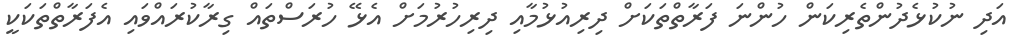
އަދި ނުކުޅެދުންތެރިކަން ހުންނަ ފަރާތްތަކަށް ދިރިއުޅުމާއި ދިރިހުރުމަށް އެޅޭ ހުރަސްތައް ގިރާކުރައްވައި އެފަރާތްތަކަކީ